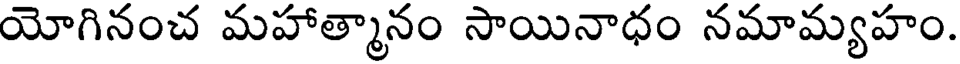
యోగినంచ మహాత్మానం సాయినాధం నమామ్యహం.